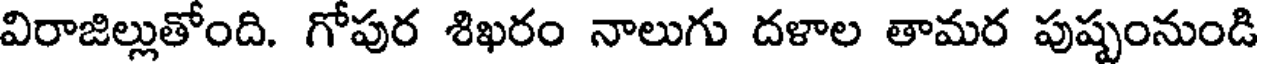
విరాజిల్లుతోంది. గోపుర శిఖరం నాలుగు దళాల తామర పుష్పంనుండి